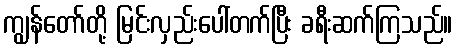
ကျွန်တော်တို့ မြင်းလှည်းပေါ်တက်ပြီး ခရီးဆက်ကြသည်။